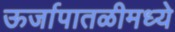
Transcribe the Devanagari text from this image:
ऊर्जापातळीमध्ये